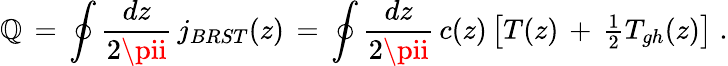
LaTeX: {\cal\mathbb{Q}}\, =\, \oint\frac{{dz}}{{2\pii}}\, j_{BRST}(z)\, =\, \oint\frac{{dz}}{{2\pii}}\, c(z)\left[T(z)\, +\, \textstyle{\frac{{1}}{{2}}}T_{gh}(z)\right]\; .